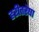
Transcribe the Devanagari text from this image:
हरीतरेषा